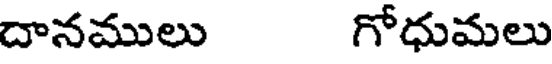
దానములు గోధుమలు